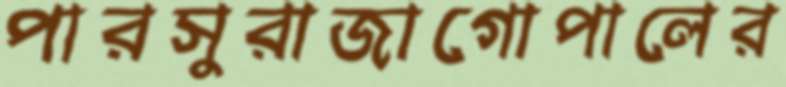
পারসুরাজাগোপালের